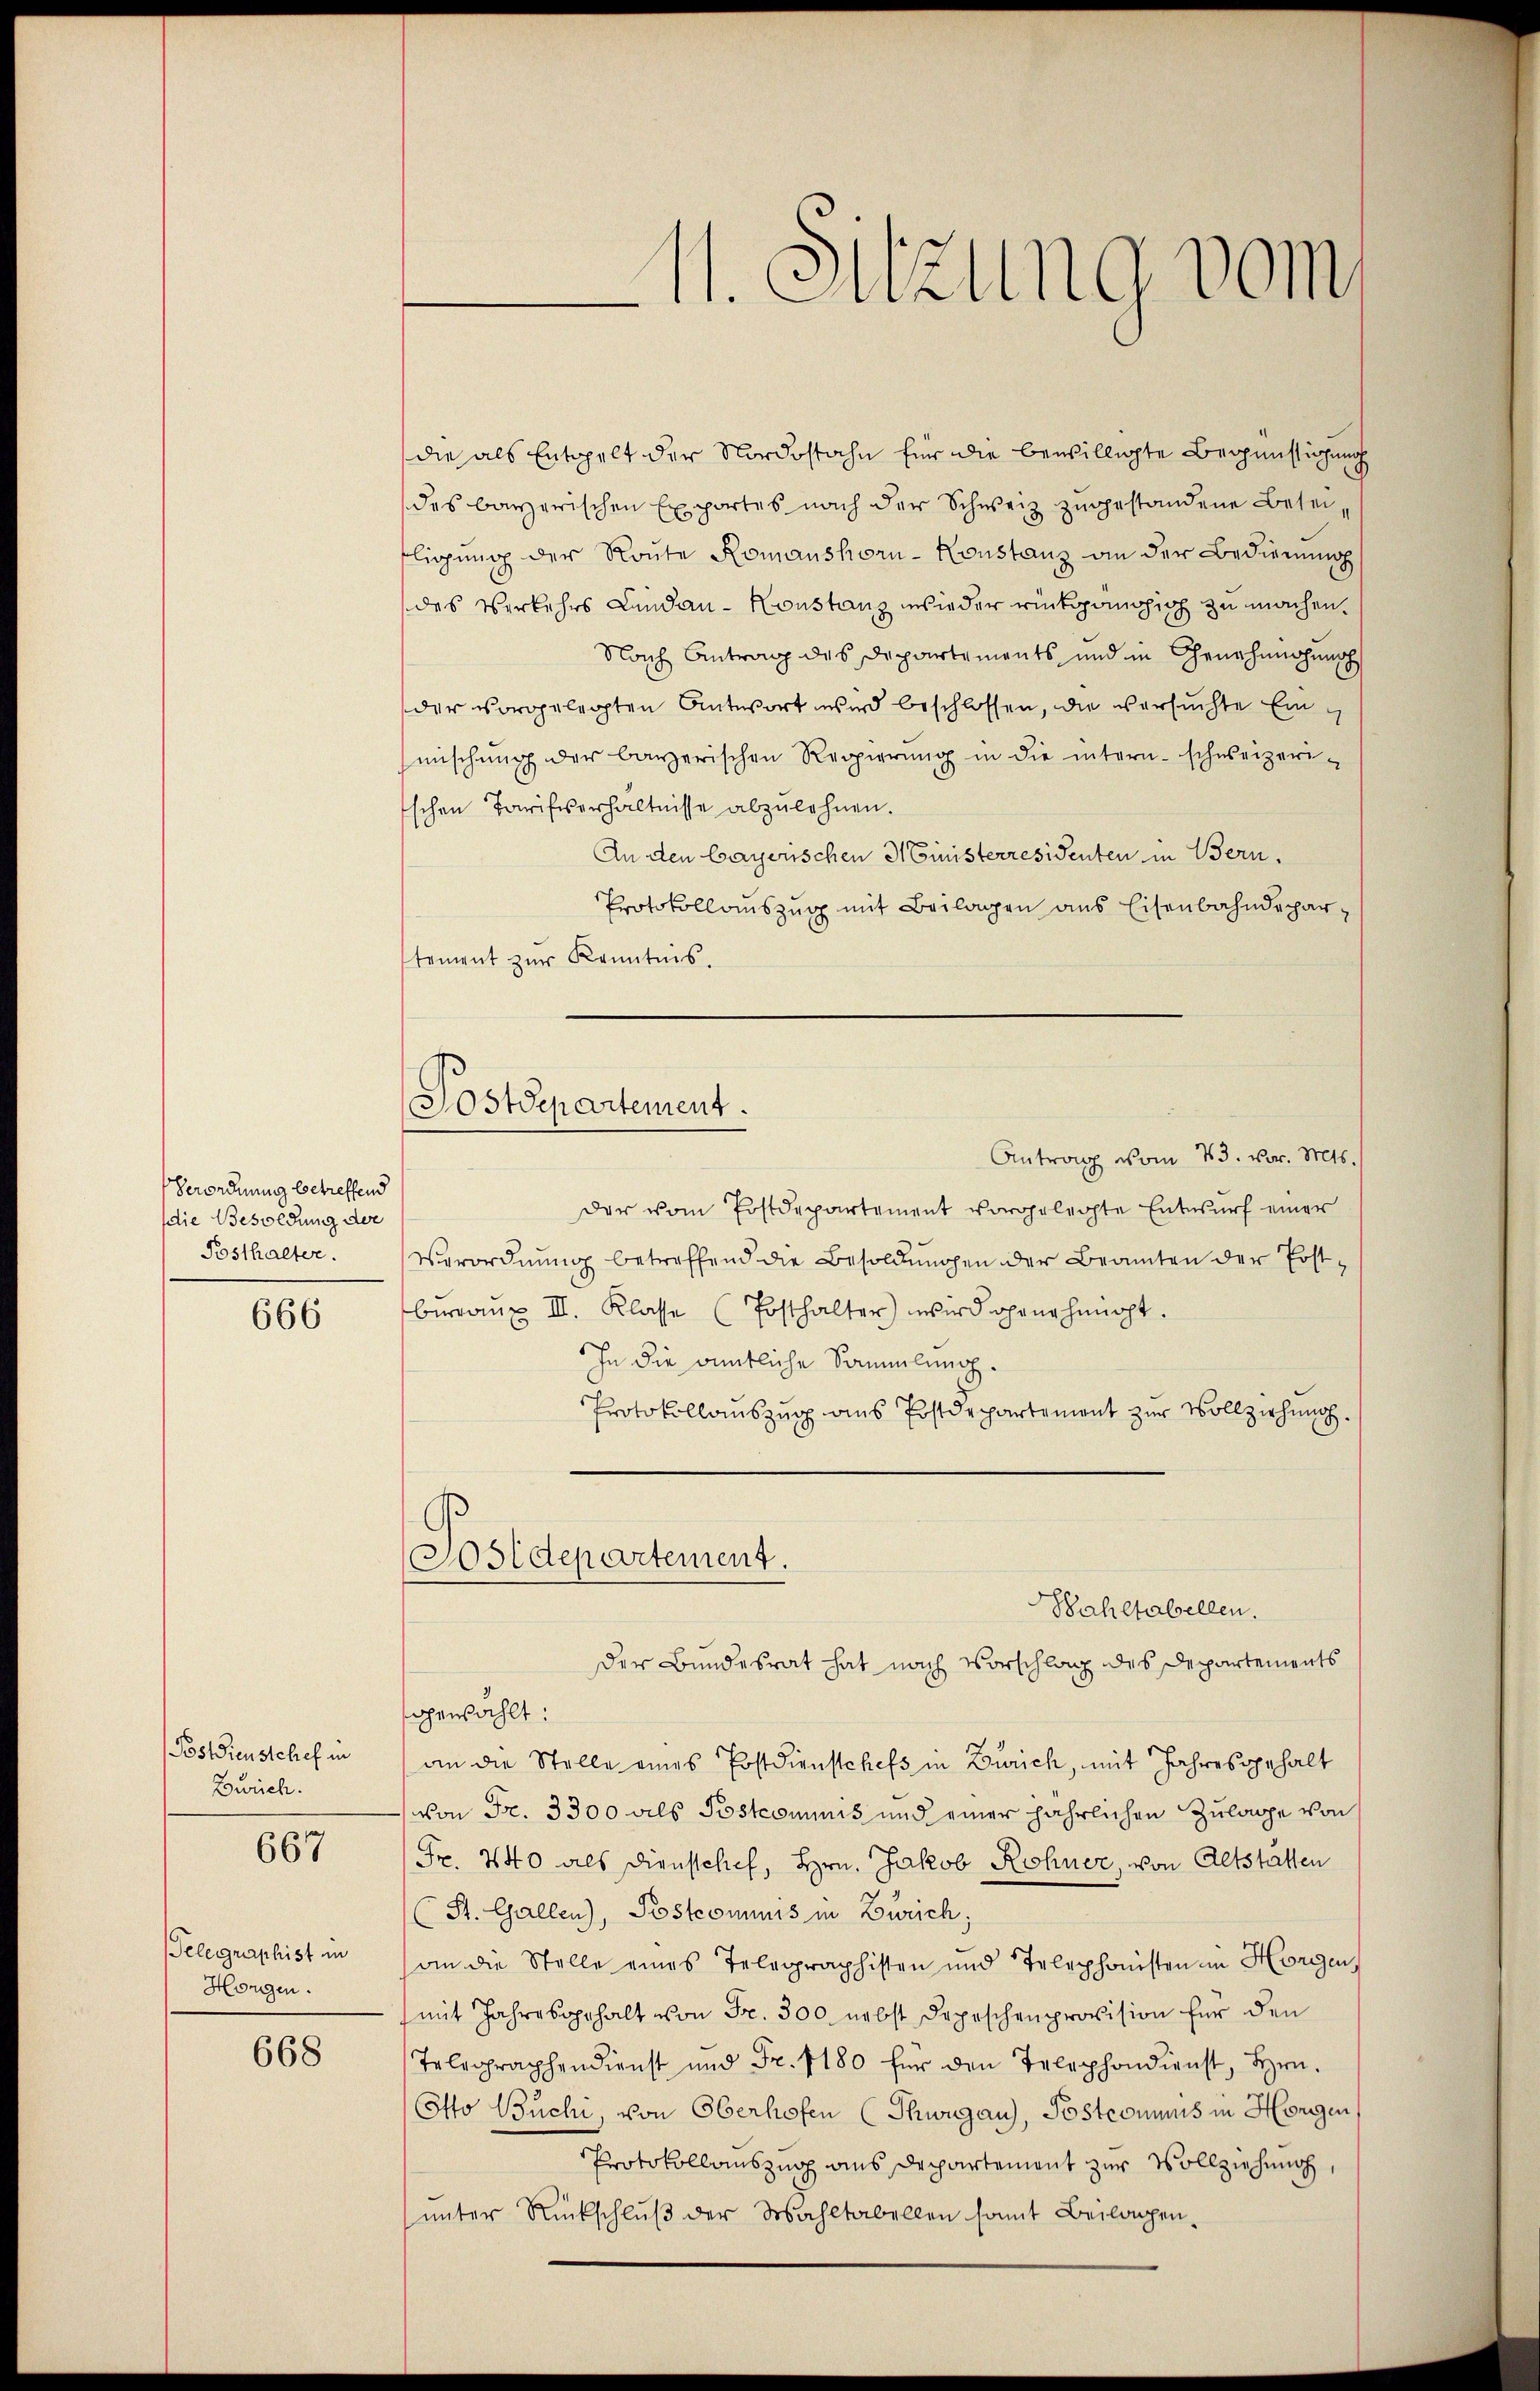
Verordnung betreffend
die Besoldung der
Posthalter.

666

Postdienstchef in
Zürich.
667

Telegraphist in
Horgen.

668

Postdepartement.

—
11. Suzung vom

die als Entgelt der Nordostahn für die bewilligte Begünstigung
des bayerischen Exportes nach der Schweiz zugestandene Beseiligung der Route Romanshorn-Konstanz an der Bedienung
des Verkehrs Lindau - Konstanz wieder rückgängig zu machen,
Nach Antrag des Departements und in Genehmigung
der vorgelegten Antwort wird beschlossen, die versuchte Einmischung der bayerischen Regierŭng in die intern schweizeri-
schen Tarifsverhältnisse abzulehnen.
An den bayerischen Ministerresidenten in Bern,
Protokollaŭszŭg mit Beilagen ans Eisenbahndeparstement zŭr Kenntnis.
Antrag vom 23. vor. Mts.
der vom Postdepartement vorgelegte Entwurf einer
Verordnung betreffend die Besoldungen der Beamten der Postbŭranz III. Klasse (Posthalter) wird ohrnehmigt.
In die ämmtliche Sammlung.
Protokollauszug aus Postdepartement zur Vollziehung
Postdepartement.
Bahltabellen.
Der Bundesrat hat nach Vorschlag des Departements
gewählt:
an die Stelle eines Postdienstchefs in Zürich, mit Jahresgehalt
von Fr. 3300 als Postcommis und einer jährlichen Zulage von
Fr. 440 als Dienstchef, Hrn. Jakob Rohner, von Altstätten
(St. Gallen), Postcommis in Zürich,
an die Stelle eines Telegraphisten und Telephonisten in Hörigen,
(mit Jahresgehalt von Fr. 300 nebst Depeschenprovision für den
Telegraphendienst und Fr. 1180 für den Telephondienst, Hrn.
Otto Büchi, von Oberhofen (Shwugau), Postcommuns in Horgen
Protokollauszug aus Departement zur Vollziehung,
ŭnter Rückschlŭβ der Wahltabellen somit Beilagen,